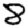
Digit: 8